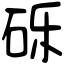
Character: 砾